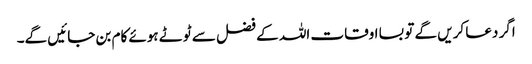
اگر دعا کریں گے تو بسا اوقات اللہ کے فضل سے ٹوٹے ہوئے کام بن جائیں گے۔